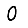
Digit: 0